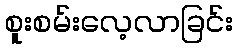
စူးစမ်းလေ့လာခြင်း